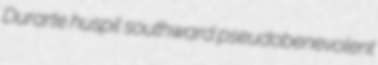
Durarte huspil southward pseudobenevolent